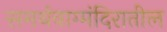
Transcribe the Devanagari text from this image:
समर्थवाग्मंदिरातील